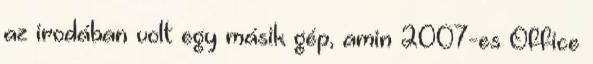
az irodában volt egy másik gép, amin 2007-es Office